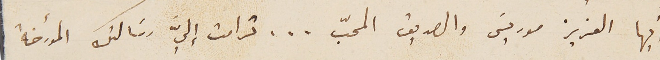
أَيها العزيز موريسَ والصديق المحبّ ... ترامت إليَّ رسَالتك المؤرخة